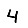
Digit: 4